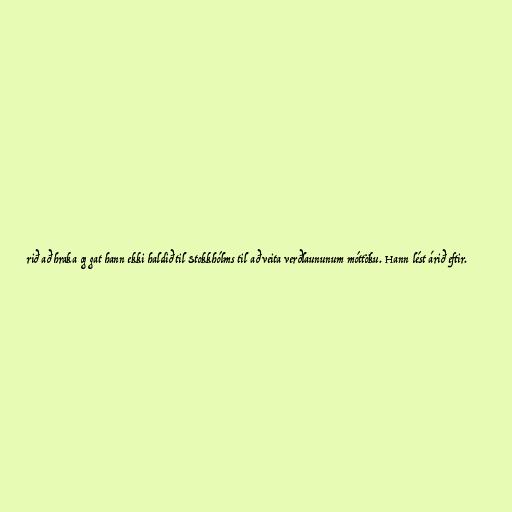
rið að hraka og gat hann ekki haldið til Stokkhólms til að veita verðlaununum móttöku. Hann lést árið eftir.